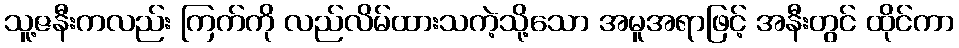
သူ့ဇနီးကလည်း ကြက်ကို လည်လိမ်ထားသကဲ့သို့သော အမူအရာဖြင့် အနီးတွင် ထိုင်ကာ